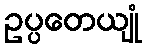
ဥပ္ပတေယျုံ